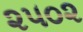
૨૫૦૨